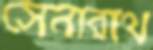
সেনারাথ